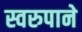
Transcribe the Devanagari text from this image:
स्वरुपाने